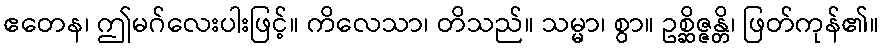
ဧတေန၊ ဤမဂ်လေးပါးဖြင့်။ ကိလေသာ၊ တိသည်။ သမ္မာ၊ စွာ။ ဥစ္ဆိဇ္ဇန္တိ၊ ဖြတ်ကုန်၏။